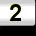
Digit: 2